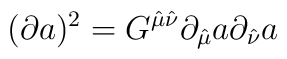
(\partial a)^2 = G^{\hat\mu\hat\nu} \partial_{\hat\mu} a \partial_{\hat\nu} a